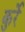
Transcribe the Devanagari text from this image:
कुर्रे